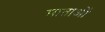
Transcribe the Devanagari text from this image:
माताआें